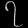
Digit: ၇